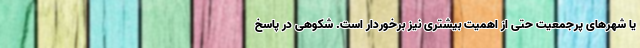
یا شهرهای پرجمعیت حتی از اهمیت بیشتری نیز برخوردار است. شکوهی در پاسخ